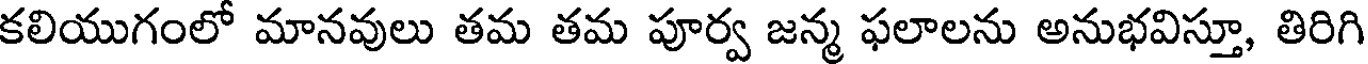
కలియుగంలో మానవులు తమ తమ పూర్వ జన్మ ఫలాలను అనుభవిస్తూ, తిరిగి